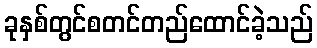
ခုနှစ်တွင်စတင်တည်ထောင်ခဲ့သည်